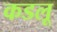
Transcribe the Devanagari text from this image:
कडलू